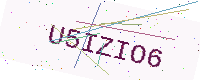
Text: U5IZIO6